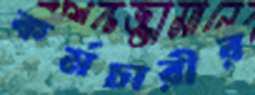
কর্মচারীর